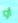
أو